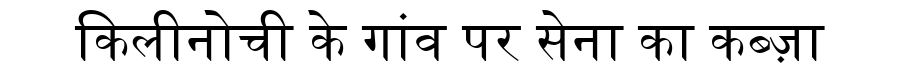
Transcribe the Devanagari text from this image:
किलीनोची के गांव पर सेना का कब्ज़ा